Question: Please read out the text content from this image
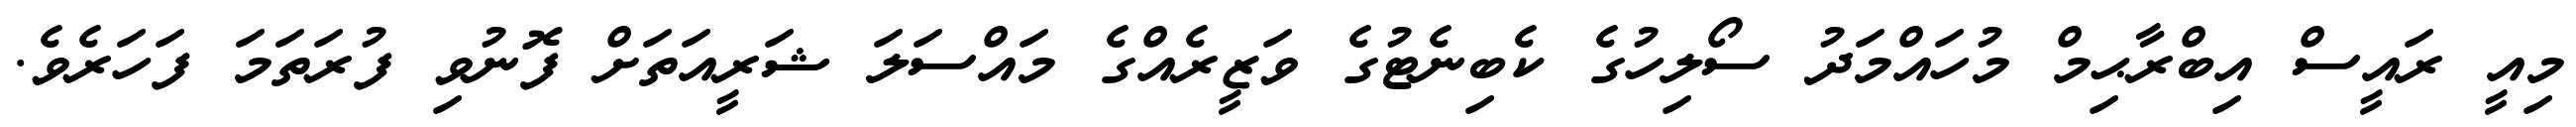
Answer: މިއީ ރައީސް އިބްރާޙިމް މުހައްމަދު ސޯލިހުގެ ކެބިނެޓުގެ ވަޒީރެއްގެ މައްސަލަ ޝަރީއަތަށް ފޮނުވި ފުރަތަމަ ފަހަރެވެ.